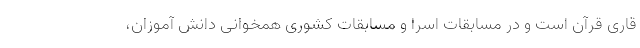
قاری قرآن است و در مسابقات اسرا و مسابقات کشوری همخوانی دانش آموزان،